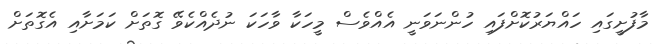
މާފުށީގައި ހައްޔަރުކޮށްފައި ހުންނަވަނީ އެއްވެސް މީހަކާ ވާހަކަ ނުދެއްކެވޭ ގޮތަށް ކަމަށާއި އެގޮތަށް